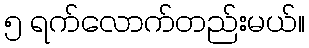
၅ ရက်လောက်တည်းမယ်။